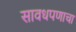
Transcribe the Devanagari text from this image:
सावधपणाचा